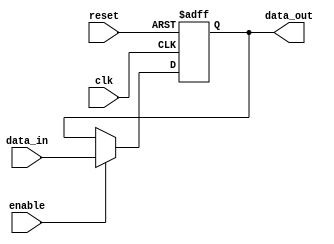
module Timing_Control_Synchronization(
    input wire clk,
    input wire reset,
    input wire enable,
    input wire [31:0] data_in,
    output reg [31:0] data_out
);

reg [31:0] fallback_bypass_register;

always @(posedge clk or posedge reset) begin
    if (reset) begin
        fallback_bypass_register <= 32'h0;
    end else if (enable) begin
        fallback_bypass_register <= data_in;
    end
end

assign data_out = fallback_bypass_register;

endmodule